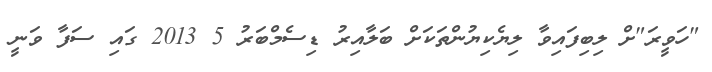
"ހަވީރަ"ށް ލިބިފައިވާ ލިޔެކިޔުންތަކަށް ބަލާއިރު ޑިސެމްބަރު 5 2013 ގައި ސަފާ ވަނީ